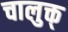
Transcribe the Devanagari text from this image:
चालुक्त्